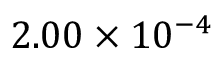
2 . 0 0 \times 1 0 ^ { - 4 }